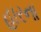
હારના